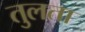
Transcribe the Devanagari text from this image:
तुलता